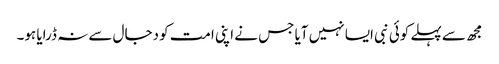
مجھ سے پہلے کوئی نبی ایسا نہیں آیا جس نے اپنی امت کو دجال سے نہ ڈرایا ہو۔